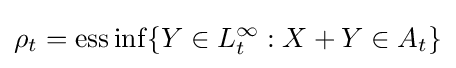
\rho _{t}={\text{ess}}\inf\{Y\in L_{t}^{\infty }:X+Y\in A_{t}\}